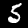
Label: 5